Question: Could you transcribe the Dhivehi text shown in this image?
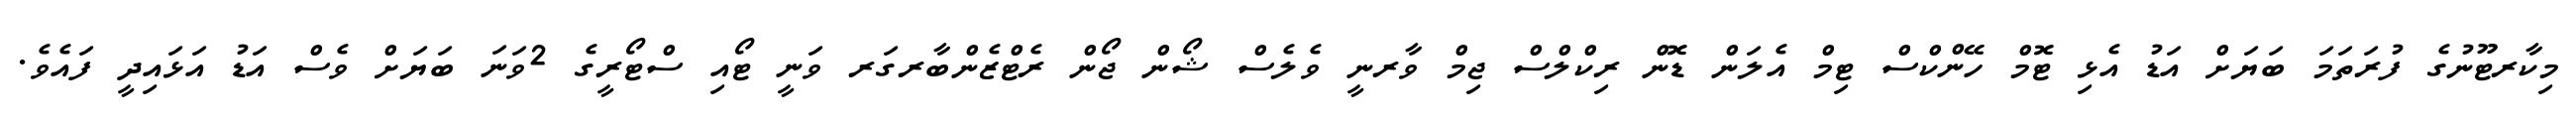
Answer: މިކާރޓޫނުގެ ފުރަތަމަ ބަޔަށް އަޑު އެޅި ޓޮމް ހޭންކްސް ޓިމް އެލަން ޑޮން ރިކްލްސް ޖިމް ވާރނީ ވެލެސް ޝޯން ޖޯން ރެޓްޒެންބާރގަރ ވަނީ ޓޯއި ސްޓޯރީގެ 2ވަނަ ބަޔަށް ވެސް އަޑު އަޅައިދީ ފައެވެ.